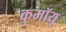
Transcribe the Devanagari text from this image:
कुमॉयू